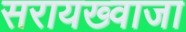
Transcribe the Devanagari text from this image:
सरायख्वाजा